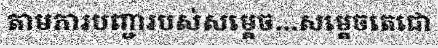
តាមការបញ្ជារបស់សម្តេច...សម្តេចតេជោ